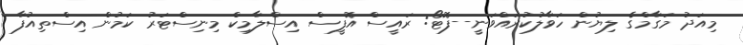
މިއަދު މަގާމްގެ ލިޔުން ހަވާލުކުރައްވަނީ--ފޮޓޯ: ރައީސް އޮފީސް އިސްލާމިކް މިނިސްޓަރު ކަމުން އިސްތިއުފާ